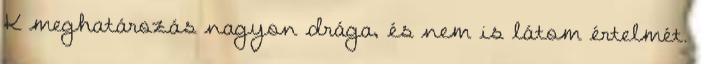
K meghatározás nagyon drága, és nem is látom értelmét.